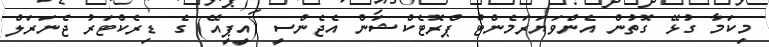
މިކަމާ ގުޅޭ ގޮތުން އެންވަޔަރަމެންޓް ޕްރޮޓެކްޝަން އެޖެންސީ (އީޕީއޭ) ގެ ޑިރެކްޓަރު ޖެނަރަލް